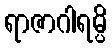
ရာဇာဂါရမ္ပိ